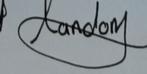
Signature authenticity: genuine